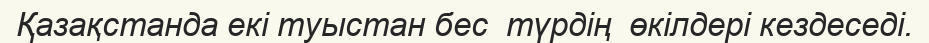
Қазақстанда екі туыстан бес  түрдің  өкілдері кездеседі.